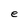
Character: e